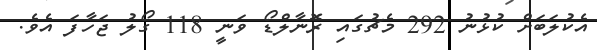
އެކުލަބަށް ކުޅުނު 292 މެޗުގައި ރޮނާލްޑޯ ވަނީ 118 ގޯލު ޖަހާފަ އެވެ.